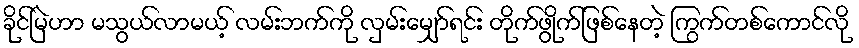
ခိုင်မြဲဟာ မသွယ်လာမယ့် လမ်းဘက်ကို လှမ်းမျှော်ရင်း တိုက်ဖွိုက်ဖြစ်နေတဲ့ ကြွက်တစ်ကောင်လို